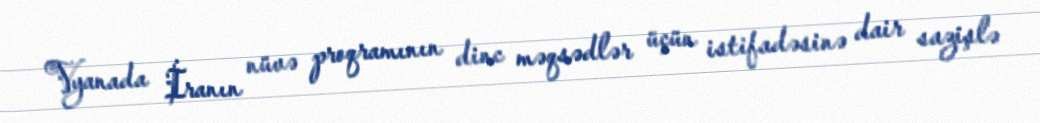
Vyanada İranın nüvə proqramının dinc məqsədlər üçün istifadəsinə dair sazişlə